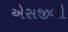
એસજીબી